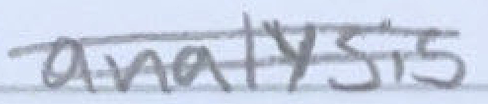
Text: analysis
Cross-out: double-line
Writing tool: pencil